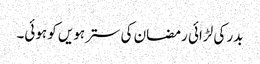
بدر کی لڑائی رمضان کی سترہویں کو ہوئی۔